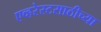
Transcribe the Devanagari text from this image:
एव्हरेस्टसाठीच्या